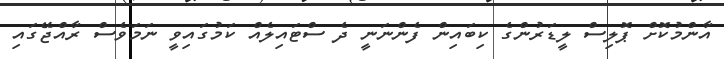
އާންމުކޮށް ޕޮލިސް ލީޑަރުންގެ ކިބައިން ފެންނަނީ ދެ ސްޓައިލެއް ކަމުގައިވީ ނަމަވެސް ރާއްޖޭގައި